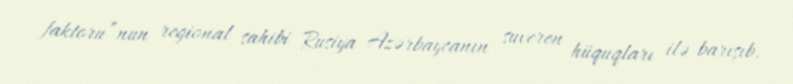
faktoru”nun regional sahibi Rusiya Azərbaycanın suveren hüquqları ilə barışıb.